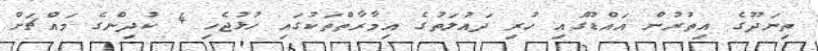
ތިނަދޫގެ އިތުރުން އައްޑޫގައި ހުރި ދައުލަތުގެ އިމާރާތްތަކުގައި ހުޅުޖެހި 4 ކުދިންގެ މައްޗަށް